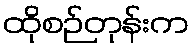
ထိုစဉ်တုန်းက